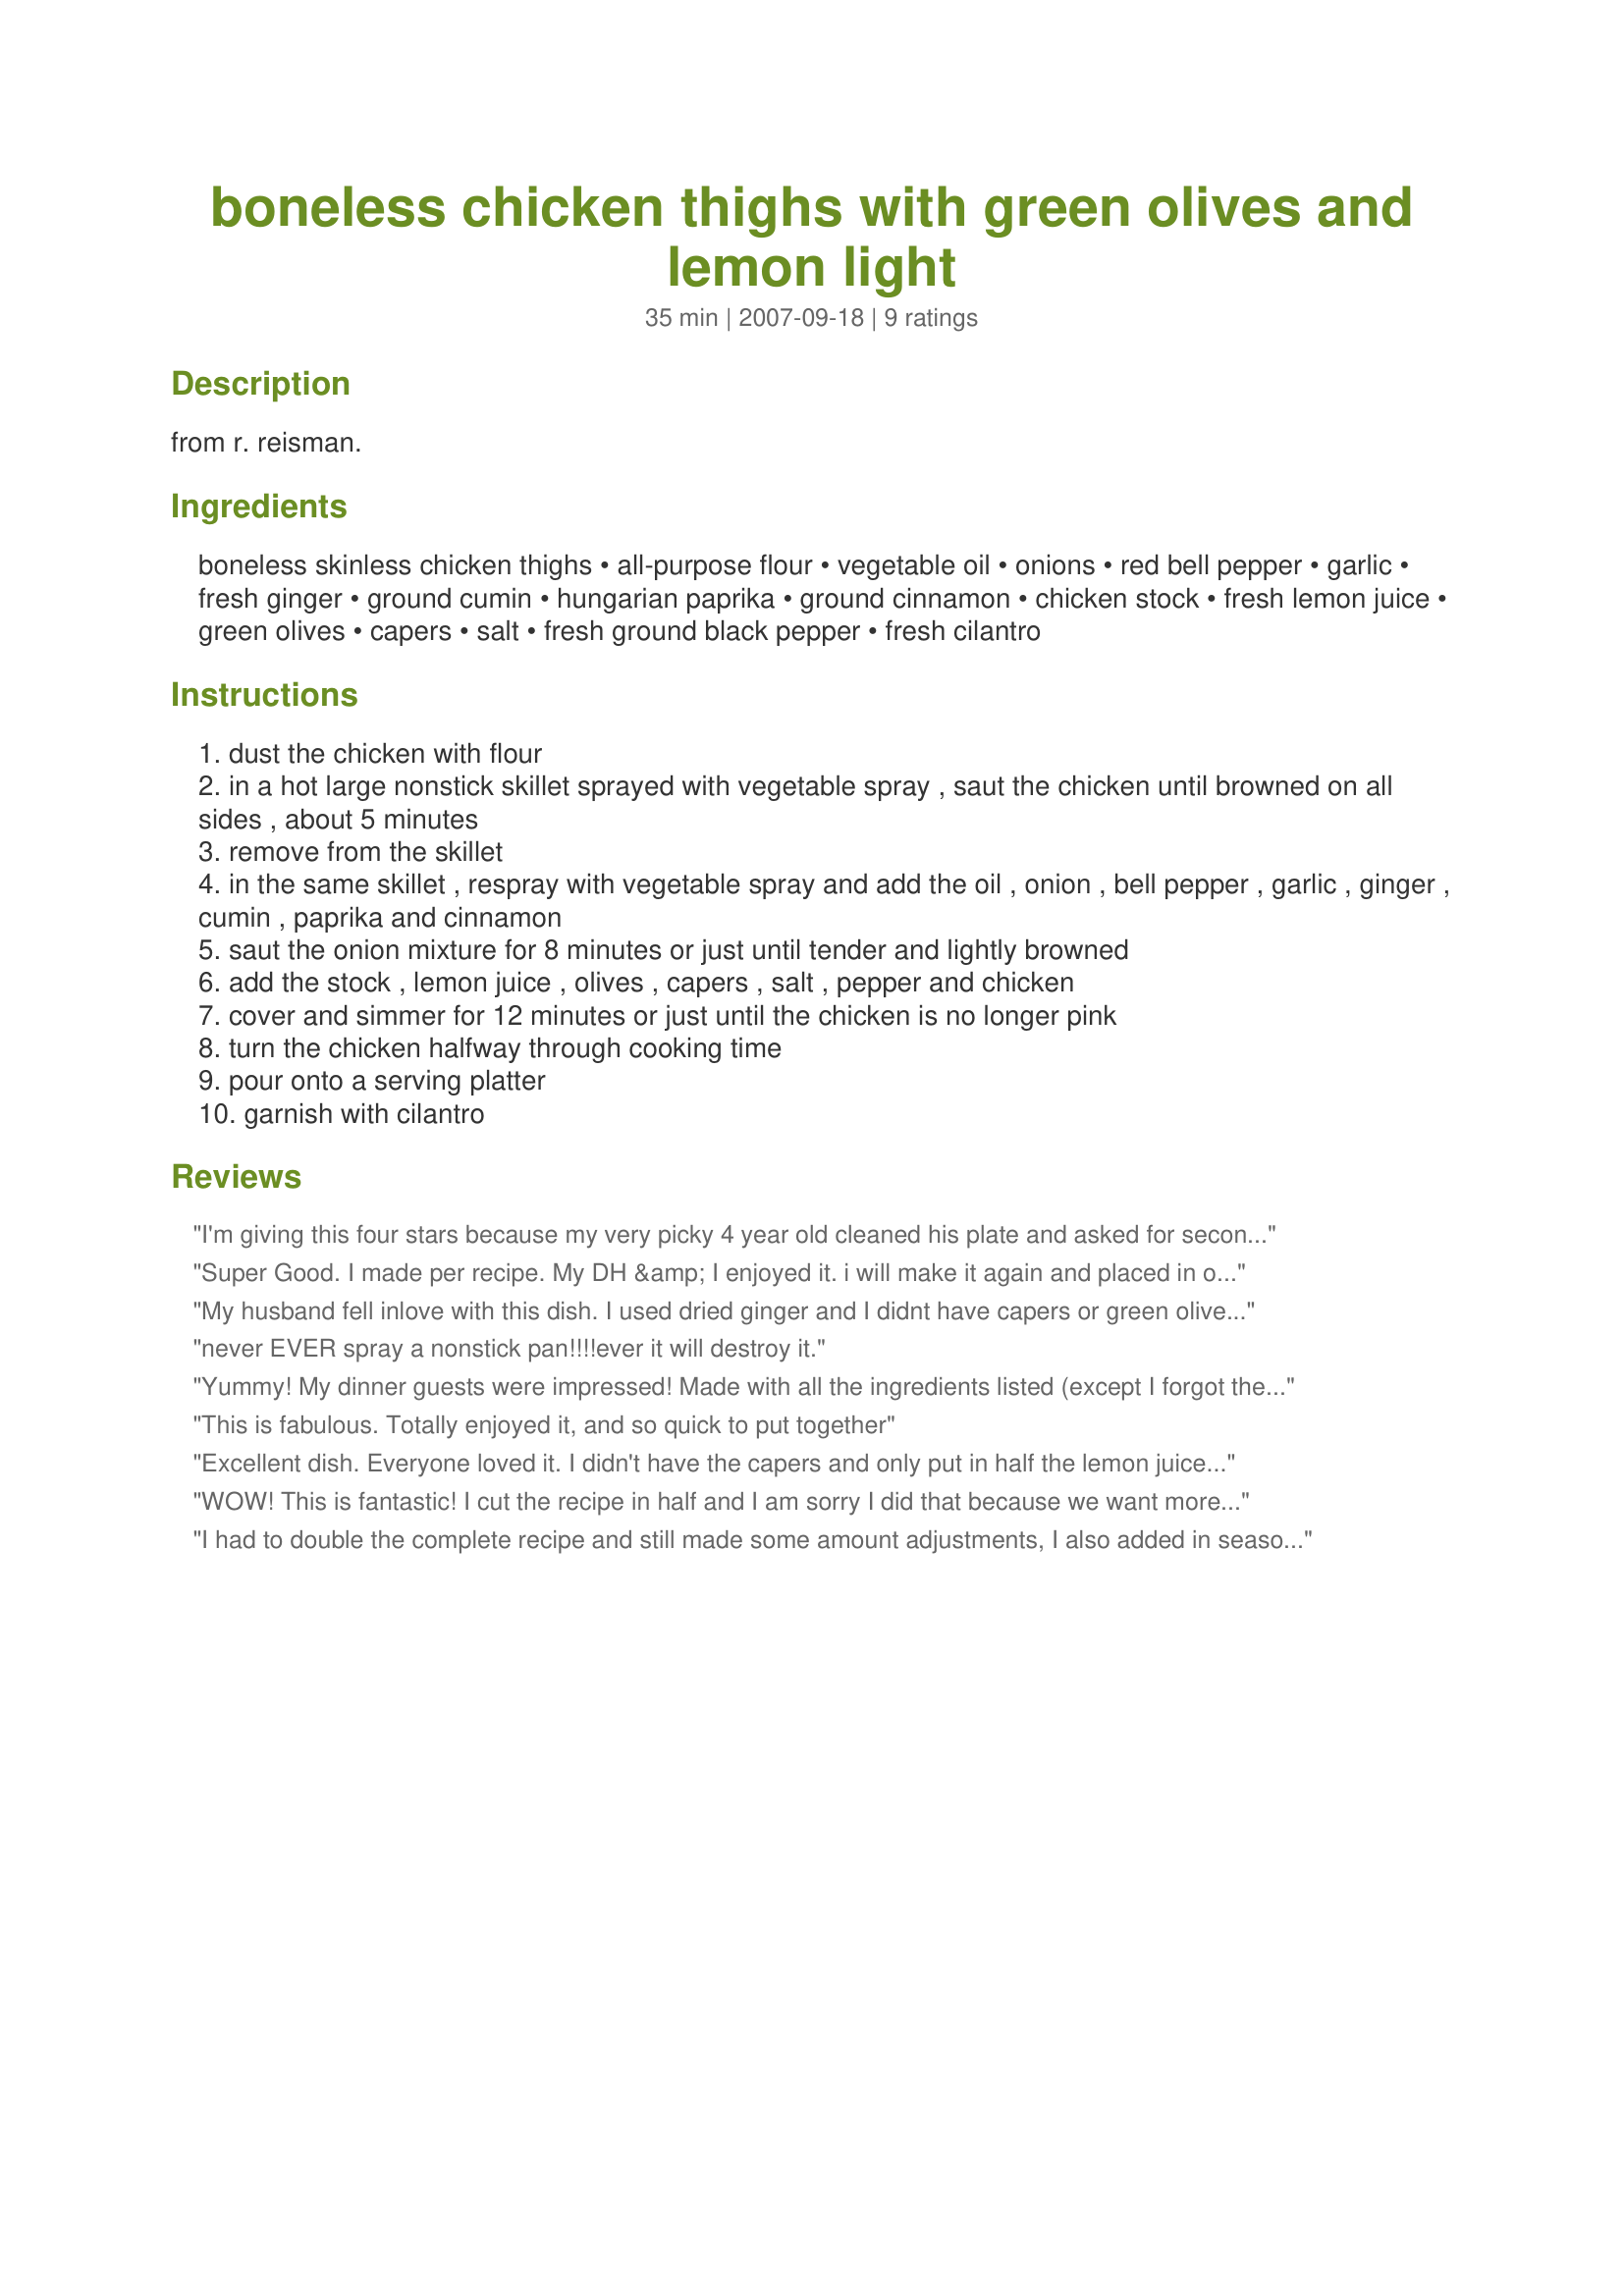
boneless chicken thighs with green olives and lemon light
Preparation time: 35 minutes

from r. reisman.

Ingredients:
boneless skinless chicken thighs, all-purpose flour, vegetable oil, onions, red bell pepper, garlic, fresh ginger, ground cumin, hungarian paprika, ground cinnamon, chicken stock, fresh lemon juice, green olives, capers, salt, fresh ground black pepper, fresh cilantro

Steps:
dust the chicken with flour
in a hot large nonstick skillet sprayed with vegetable spray , saut the chicken until browned on all sides , about 5 minutes
remove from the skillet
in the same skillet , respray with vegetable spray and add the oil , onion , bell pepper , garlic , ginger , cumin , paprika and cinnamon
saut the onion mixture for 8 minutes or just until tender and lightly browned
add the stock , lemon juice , olives , capers , salt , pepper and chicken
cover and simmer for 12 minutes or just until the chicken is no longer pink
turn the chicken halfway through cooking time
pour onto a serving platter
garnish with cilantro

Reviews:
I'm giving this four stars because my very picky 4 year old cleaned his plate and asked for seconds... which shocked me! DH and I liked it, but we found the cinnamon a little strong. It also had a slightly bitter flavor with the capers and lemon. (I've had this happen before using fresh lemon and capers, so I added a scant teaspoon of brown sugar to mellow it out a bit.) We'll make this again, and tweak a couple things to get it just right for our family - thanks for posting!
Super Good. I made per recipe. My DH &amp; I enjoyed it. i will make it again and placed in our favorites.
My husband fell inlove with this dish. I used dried ginger and I didnt have capers or green olives, but wow, this was fantastic. We had it over whole wheat angel hair noodles.
never EVER spray a nonstick pan!!!!ever it will destroy it.
Yummy! My dinner guests were impressed! Made with all the ingredients listed (except I forgot the cilantro at the end). I browned the chicken, then the vegetables and turned it all off for a bit. That way I was able to give my attention to my guests and just added the broth and finishing ingredients back on when I turned on the basmati rice. Easy. Lovely dinner. Thank you so much.
This is fabulous. Totally enjoyed it, and so quick to put together
Excellent dish. Everyone loved it. I didn't have the capers and only put in half the lemon juice. Served it over white rice and Wow!
WOW! This is fantastic! I cut the recipe in half and I am sorry I did that because we want more! The sauce is great! I had to leave out the bell pepers because I did not have them but it was wonderful without them. This is so easy to make. Thanks for this great recipe. I love the fact that it is a light dish. I am already planning to make this for company!
I had to double the complete recipe and still made some amount adjustments, I also added in seasoned salt, black pepper and garlic powder to the flour, even with a double recipe I reduced the chicken broth to only 1-1/2 cups, it also needed lots of heat, so I added in 3 teaspoons dried chili flakes in with the onion/bell pepper, I omitted the cooking spray and used olive oil, the capers needed to be increased way up for our tastes, thanks for sharing Reds!...Kitten:)
